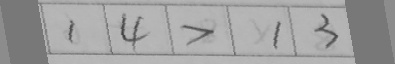
\boxed { 1 } \boxed { 4 } \boxed { > } \boxed { 1 } \boxed { 3 }